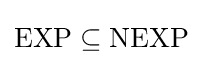
\mathrm {EXP} \subseteq \mathrm {NEXP}